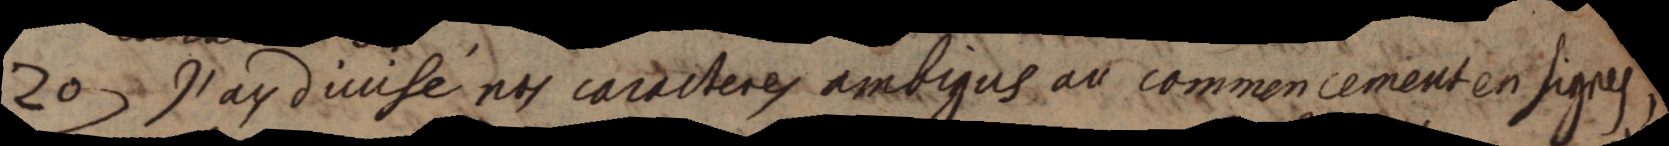
20 J’ay divisé nos caracteres ambigus au commencement en signes